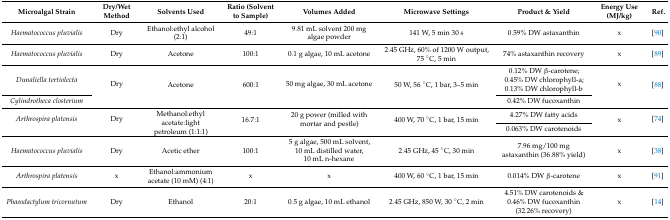
<table><thead><tr><td><b>Microalgal Strain</b></td><td><b>Dry/Wet Method</b></td><td><b>Solvents Used</b></td><td><b>Ratio (Solvent to Sample)</b></td><td><b>Volumes Added</b></td><td><b>Microwave Settings</b></td><td><b>Product &amp; Yield</b></td><td><b>Energy Use (MJ/kg)</b></td><td><b>Ref.</b></td></tr></thead><tbody><tr><td><i>Haematococcus pluvialis</i></td><td>Dry</td><td>Ethanol:ethyl alcohol (2:1)</td><td>49:1</td><td>9.81 mL solvent 200 mg algae powder</td><td>141 W, 5 min 30 s</td><td>0.59% DW astaxanthin</td><td>x</td><td>[90]</td></tr><tr><td><i>Haematococcus pluvialis</i></td><td>Dry</td><td>Acetone</td><td>100:1</td><td>0.1 g algae, 10 mL acetone</td><td>2.45 GHz, 60% of 1200 W output, 75 °C, 5 min</td><td>74% astaxanthin recovery</td><td>x</td><td>[89]</td></tr><tr><td><i>Dunaliella tertiolecta</i></td><td rowspan="2">Dry</td><td rowspan="2">Acetone</td><td rowspan="2">600:1</td><td rowspan="2">50 mg algae, 30 mL acetone</td><td rowspan="2">50 W, 56 °C, 1 bar, 3–5 min</td><td>0.12% DW β-carotene; 0.45% DW chlorophyll-a; 0.13% DW chlorophyll-b</td><td rowspan="2">x</td><td rowspan="2">[88]</td></tr><tr><td><i>Cylindrotheca closterium</i></td><td>0.42% DW fucoxanthin</td></tr><tr><td rowspan="2"><i>Arthrospira platensis</i></td><td rowspan="2">Dry</td><td rowspan="2">Methanol:ethyl acetate:light petroleum (1:1:1)</td><td rowspan="2">16.7:1</td><td rowspan="2">20 g power (milled with mortar and pestle)</td><td rowspan="2">400 W, 70 °C, 1 bar, 15 min</td><td>4.27% DW fatty acids</td><td rowspan="2">x</td><td rowspan="2">[74]</td></tr><tr><td>0.063% DW carotenoids</td></tr><tr><td><i>Haematococcus pluvialis</i></td><td>Dry</td><td>Acetic ether</td><td>100:1</td><td>5 g algae, 500 mL solvent, 10 mL distilled water, 10 mL n-hexane</td><td>2.45 GHz, 45 °C, 30 min</td><td>7.96 mg/100 mg astaxanthin (36.88% yield)</td><td>x</td><td>[38]</td></tr><tr><td><i>Arthrospira platensis</i></td><td>x</td><td>Ethanol:ammonium acetate (10 mM) (4:1)</td><td>x</td><td>x</td><td>400 W, 60 °C, 1 bar, 15 min</td><td>0.014% DW β-carotene</td><td>x</td><td>[91]</td></tr><tr><td><i>Phaeodactylum tricornutum</i></td><td>Dry</td><td>Ethanol</td><td>20:1</td><td>0.5 g algae, 10 mL ethanol</td><td>2.45 GHz, 850 W, 30 °C, 2 min</td><td>4.51% DW carotenoids &amp; 0.46% DW fucoxanthin (32.26% recovery)</td><td>x</td><td>[14]</td></tr></tbody></table>